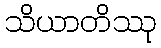
သိယာတိဿု